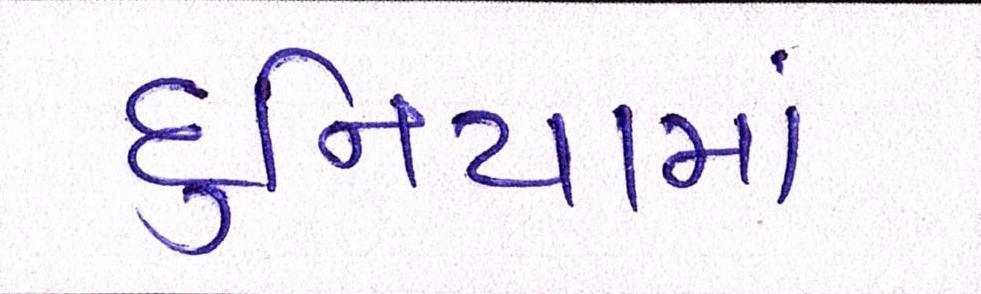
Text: દુનિયામાં